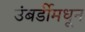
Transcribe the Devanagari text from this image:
उंबर्डीमधून